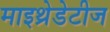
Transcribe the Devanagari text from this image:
माइथ्रेडेटीज